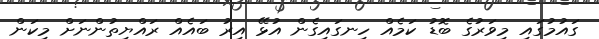
ގައުމުގައި މިވަރުގެ ބޮޑު ކަމެއް ހިނގައިގެން އުޅޭ އިރު ބައެއް ރައްޔިތުންނަށް މިކަން